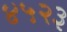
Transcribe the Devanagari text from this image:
४५२३